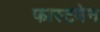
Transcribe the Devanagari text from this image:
फास्टमेन